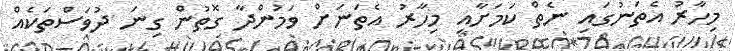
މިހާރު އެތަނުގައި ނެތް ކަމަށާއި މިހާރު އެތަނަށް ވަމުންދާ ގޮތުން ގިނަ ދުވަސްތަކެއް